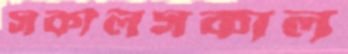
সকালসকাল